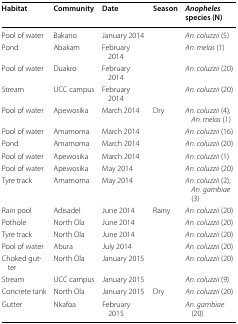
<table><thead><tr><td><b>Habitat</b></td><td><b>Community</b></td><td><b>Date</b></td><td><b>Season</b></td><td><b><i>Anopheles</i> species (N)</b></td></tr></thead><tbody><tr><td>Pool of water</td><td>Bakano</td><td>January 2014</td><td></td><td><i>An. coluzzii</i> (5)</td></tr><tr><td>Pond</td><td>Abakam</td><td>February 2014</td><td></td><td><i>An. melas</i> (1)</td></tr><tr><td>Pool of water</td><td>Duakro</td><td>February 2014</td><td></td><td><i>An. coluzzii</i> (20)</td></tr><tr><td>Stream</td><td>UCC campus</td><td>February 2014</td><td></td><td><i>An. coluzzii</i> (20)</td></tr><tr><td>Pool of water</td><td>Apewosika</td><td>March 2014</td><td>Dry</td><td><i>An. coluzzii</i> (4); <i>An. melas</i> (1)</td></tr><tr><td>Pool of water</td><td>Amamoma</td><td>March 2014</td><td></td><td><i>An. coluzzii</i> (16)</td></tr><tr><td>Pond</td><td>Amamoma</td><td>March 2014</td><td></td><td><i>An. coluzzii</i> (20)</td></tr><tr><td>Pool of water</td><td>Apewosika</td><td>March 2014</td><td></td><td><i>An. coluzzii</i> (1)</td></tr><tr><td>Pool of water</td><td>Apewosika</td><td>May 2014</td><td></td><td><i>An. coluzzii</i> (20)</td></tr><tr><td>Tyre track</td><td>Amamoma</td><td>May 2014</td><td></td><td><i>An. coluzzii</i> (2); <i>An. gambiae</i> (3)</td></tr><tr><td>Rain pool</td><td>Adisadel</td><td>June 2014</td><td>Rainy</td><td><i>An. coluzzii</i> (20)</td></tr><tr><td>Pothole</td><td>North Ola</td><td>June 2014</td><td></td><td><i>An. coluzzii</i> (20)</td></tr><tr><td>Tyre track</td><td>North Ola</td><td>June 2014</td><td></td><td><i>An. coluzzii</i> (20)</td></tr><tr><td>Pool of water</td><td>Abura</td><td>July 2014</td><td></td><td><i>An. coluzzii</i> (20)</td></tr><tr><td>Choked gutter</td><td>North Ola</td><td>January 2015</td><td></td><td><i>An. coluzzii</i> (20)</td></tr><tr><td>Stream</td><td>UCC campus</td><td>January 2015</td><td></td><td><i>An. coluzzii</i> (9)</td></tr><tr><td>Concrete tank</td><td>North Ola</td><td>January 2015</td><td>Dry</td><td><i>An. coluzzii</i> (20)</td></tr><tr><td>Gutter</td><td>Nkafoa</td><td>February 2015</td><td></td><td><i>An. gambiae</i> (20)</td></tr></tbody></table>